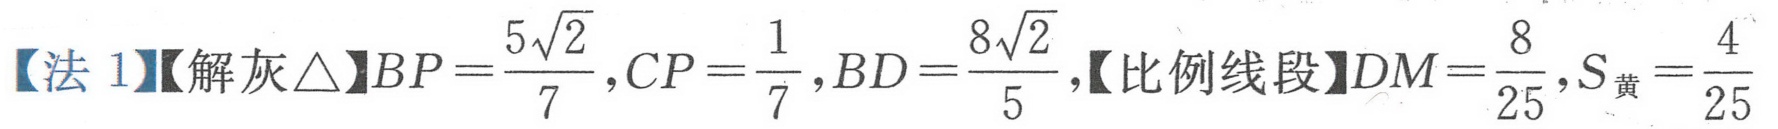
【法 1】【解灰$\triangle$】$BP=\dfrac{5\sqrt{2}}{7},CP = \dfrac{1}{7},BD=\dfrac{8\sqrt{2}}{5}$,【比例线段】$DM=\dfrac{8}{25},S_{\text{黄}}=\dfrac{4}{25}$